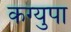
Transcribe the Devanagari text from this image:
कग्युपा